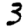
Digit: 3